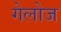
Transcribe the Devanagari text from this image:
गेलोज